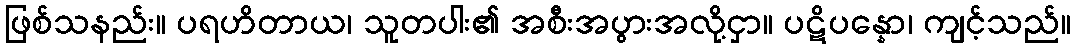
ဖြစ်သနည်း။ ပရဟိတာယ၊ သူတပါး၏ အစီးအပွားအလို့ငှာ။ ပဋိပန္နော၊ ကျင့်သည်။